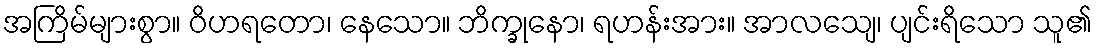
အကြိမ်များစွာ။ ဝိဟရတော၊ နေသော။ ဘိက္ခုနော၊ ရဟန်းအား။ အာလသျေ၊ ပျင်းရိသော သူ၏